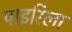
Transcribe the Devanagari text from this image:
पाइरिला